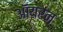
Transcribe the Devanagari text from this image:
ऑयरन